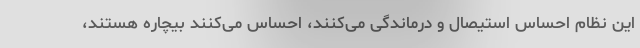
این نظام احساس استیصال و درماندگی می‌کنند، احساس می‌کنند بیچاره هستند،